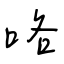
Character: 咯